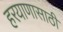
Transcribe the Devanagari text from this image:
हरयाणासाठी